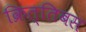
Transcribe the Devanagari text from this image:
क्रित्तिबस